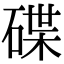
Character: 碟